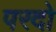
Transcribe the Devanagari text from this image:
परदो